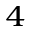
{ } ^ { 4 }